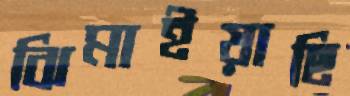
ঝিমাইয়াছি